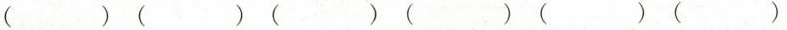
( ) ( ) ( ) ( ) ( ) ( )